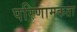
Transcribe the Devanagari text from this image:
परिणामकता